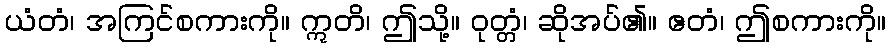
ယံတံ၊ အကြင်စကားကို။ ဣတိ၊ ဤသို့။ ဝုတ္တံ၊ ဆိုအပ်၏။ ဧတံ၊ ဤစကားကို။